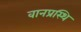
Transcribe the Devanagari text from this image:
वानप्रस्थि